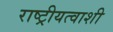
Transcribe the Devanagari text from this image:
राष्ट्रीयत्वाशी